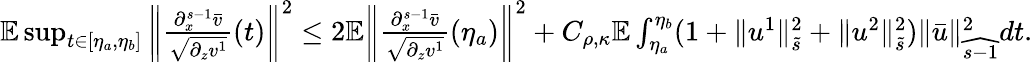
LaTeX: \begin{array}{r}{\mathbb{E}\operatorname*{sup}_{t\in\left[\eta_{a},\eta_{b}\right]}\left\| \frac{\partial_{x}^{s-1}\bar{v}}{\sqrt{\partial_{z}v^{1}}}(t)\right\| ^{2}\leq 2\mathbb{E}\left\| \frac{\partial_{x}^{s-1}\bar{v}}{\sqrt{\partial_{z}v^{1}}}(\eta_{a})\right\| ^{2}+C_{\rho,\kappa}\mathbb{E}\int_{\eta_{a}}^{\eta_{b}}(1+\| u^{1}\| _{\tilde{s}}^{2}+\| u^{2}\| _{\tilde{s}}^{2})\| \bar{u}\| _{\widehat{s-1}}^{2}dt.}\end{array}